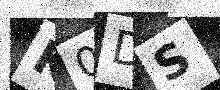
Text: K0DS